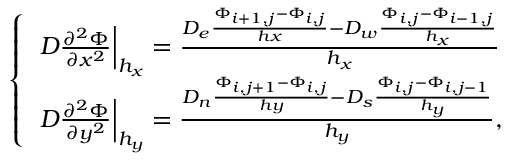
\left\{ \begin{array} { l } { \left. D \frac { \partial ^ { 2 } \Phi } { \partial x ^ { 2 } } \right| _ { h _ { x } } = \frac { D _ { e } \frac { \Phi _ { i + 1 , j } - \Phi _ { i , j } } { h x } - D _ { w } \frac { \Phi _ { i , j } - \Phi _ { i - 1 , j } } { h _ { x } } } { h _ { x } } } \\ { \left. D \frac { \partial ^ { 2 } \Phi } { \partial y ^ { 2 } } \right| _ { h _ { y } } = \frac { D _ { n } \frac { \Phi _ { i , j + 1 } - \Phi _ { i , j } } { h y } - D _ { s } \frac { \Phi _ { i , j } - \Phi _ { i , j - 1 } } { h _ { y } } } { h _ { y } } , } \end{array} \right.